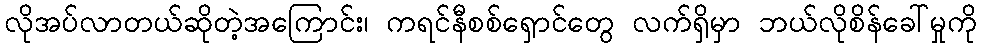
လိုအပ်လာတယ်ဆိုတဲ့အကြောင်း၊ ကရင်နီစစ်ရှောင်တွေ လက်ရှိမှာ ဘယ်လိုစိန်ခေါ်မှုကို